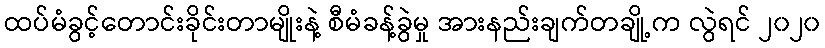
ထပ်မံခွင့်တောင်းခိုင်းတာမျိုးနဲ့ စီမံခန့်ခွဲမှု အားနည်းချက်တချို့က လွဲရင် ၂၀၂၀